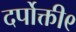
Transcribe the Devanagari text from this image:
दर्पोक्ती९